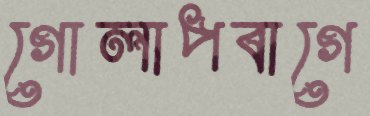
গোলাপবাগে